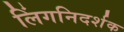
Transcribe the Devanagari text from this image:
लिंगनिदर्शक